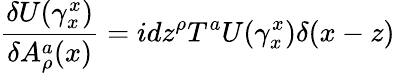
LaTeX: \frac{\delta U(\gamma_{x}^{x})}{\delta A_{\rho}^{a}(x)}=idz^{\rho}T^{a}U(\gamma_{x}^{x})\delta(x-z)